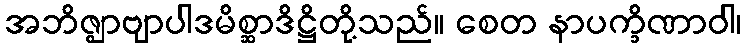
အဘိဇ္ဈာဗျာပါဒမိစ္ဆာဒိဋ္ဌိတို့သည်။ စေတ နာပက္ခိဏာဝါ၊